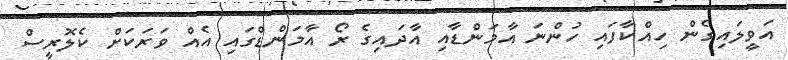
އަވީލައިގެން ހިއްކާފައި ހުންނަ އާމަންޑާއި އާދައިގެ ރޯ އާމަންޑްގައި އެއް ވަރަކަށް ކެލޮރީސް